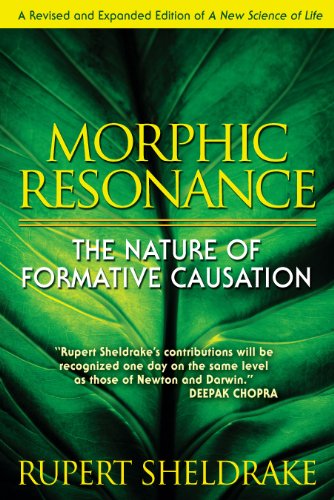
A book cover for Morphic Resonance: The Nature of Formative Causation; Rupert Sheldrake; Religion & Spirituality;